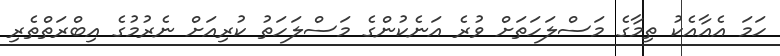
ހަމަ އެއާއެކު ތިމާގެ މަސްލަހަތަށް ވުރެ އަނެކުންގެ މަސްލަހަތު ކުރިއަށް ނެރުމުގެ އިބްރަތްތެރި